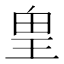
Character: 𰡸